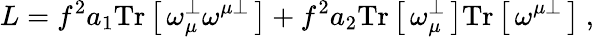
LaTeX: L=f^{2}a_{1}\mathrm{Tr}\left[\, \omega_{\mu}^{\perp}\omega^{\mu\perp}\, \right]+f^{2}a_{2}\mathrm{Tr}\left[\, \omega_{\mu}^{\perp}\, \right]\mathrm{Tr}\left[\, \omega^{\mu\perp}\, \right]\ ,